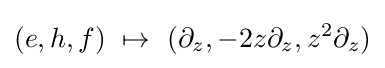
(e,h,f)\ \mapsto \ (\partial _{z},-2z\partial _{z},z^{2}\partial _{z})